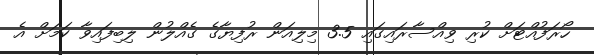
ހޯރަފުއްޓަށް ކުރި ވިއްސާރައިގައި 3.5 މިލިއަން ރުފިޔާގެ ގެއްލުން ލިބިފައިވާ ކަމަށް އެ